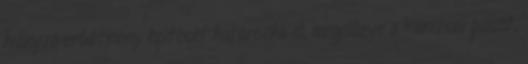
hiányzó erődítmény építését határozta el, megelőzve a kanizsai pasát,